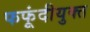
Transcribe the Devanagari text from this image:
फफूंदीयुक्त